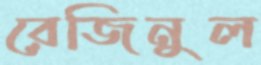
রেজিনুল